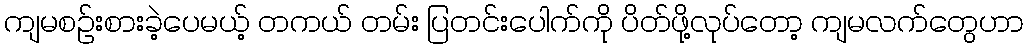
ကျမစဉ်းစားခဲ့ပေမယ့် တကယ် တမ်း ပြတင်းပေါက်ကို ပိတ်ဖို့လုပ်တော့ ကျမလက်တွေဟာ